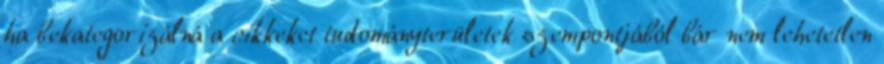
ha bekategorizálná a cikkeket tudományterületek szempontjából bár nem lehetetlen